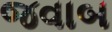
જવાબ